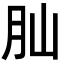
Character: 𦘹